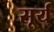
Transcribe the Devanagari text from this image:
सूर्य्